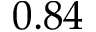
0 . 8 4